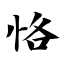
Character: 恪